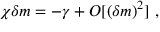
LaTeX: \chi \delta m = - \gamma + O [ ( \delta m ) ^ { 2 } ] \ ,